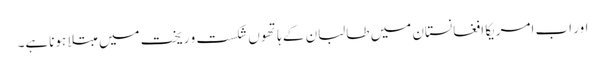
اور اب امریکا افغانستان میں طالبان کے ہاتھوں شکست و ریخت میں مبتلا ہوناہے۔